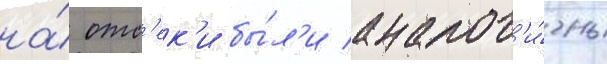
на́ отс'ек'и бы́л'и аналог'и́чны